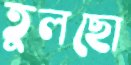
তুলছো